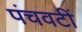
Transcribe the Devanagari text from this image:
पंचवटीं